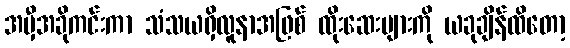
အမှီအခိုကင်းကာ သံသယရှိလူနာအဖြစ် ထိုးဆေးများကို ယခုချိန်ထိတော့